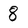
Character: 8